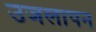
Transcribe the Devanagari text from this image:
उजलापन